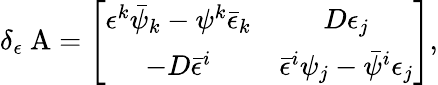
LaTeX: \delta_{\epsilon}\mathrm{{\mathbf~A}}=\left[\begin{array}{cc}{{\epsilon^{k}\bar{\psi}_{k}-\psi^{k}\bar{\epsilon}_{k}}}&{{D\epsilon_{j}}}\\ {{-D\bar{\epsilon}^{i}}}&{{\bar{\epsilon}^{i}\psi_{j}-\bar{\psi}^{i}\epsilon_{j}}}\end{array}\right],